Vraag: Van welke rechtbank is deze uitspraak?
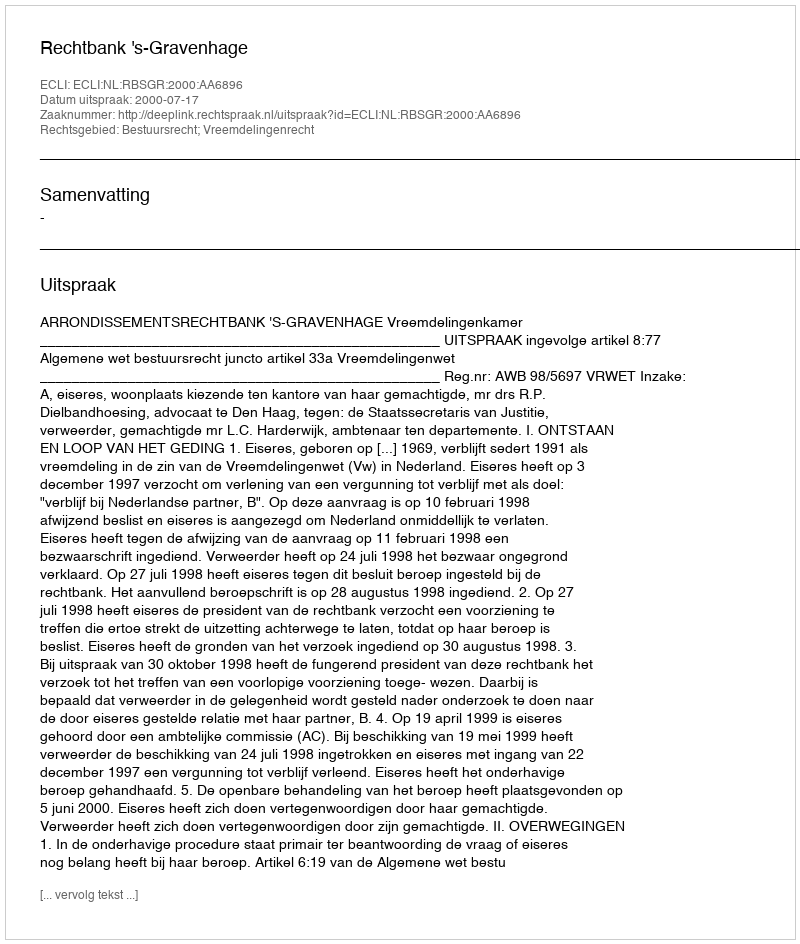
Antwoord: Rechtbank 's-Gravenhage